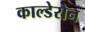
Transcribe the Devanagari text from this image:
काल्डेरोन